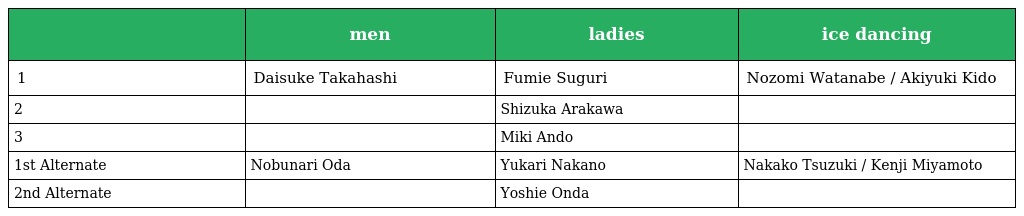
|  | men | ladies | ice dancing |
 | --- | --- | --- | --- |
 | 1 | Daisuke Takahashi | Fumie Suguri | Nozomi Watanabe / Akiyuki Kido |
 | 2 |  | Shizuka Arakawa |  |
 | 3 |  | Miki Ando |  |
 | 1st Alternate | Nobunari Oda | Yukari Nakano | Nakako Tsuzuki / Kenji Miyamoto |
 | 2nd Alternate |  | Yoshie Onda |  |